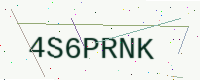
Text: 4S6PRNK